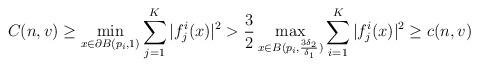
LaTeX: \begin{align*}C(n, v)\geq\min\limits_{x\in\partial B(p_i, 1)}\sum\limits_{j=1}^K|f_j^i(x)|^2> \frac{3}{2}\max\limits_{x\in B(p_i, \frac{3\delta_2}{\delta_1})}\sum\limits_{i=1}^K|f^i_j(x)|^2\geq c(n, v)\end{align*}